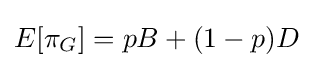
E[\pi _{G}]=pB+(1-p)D